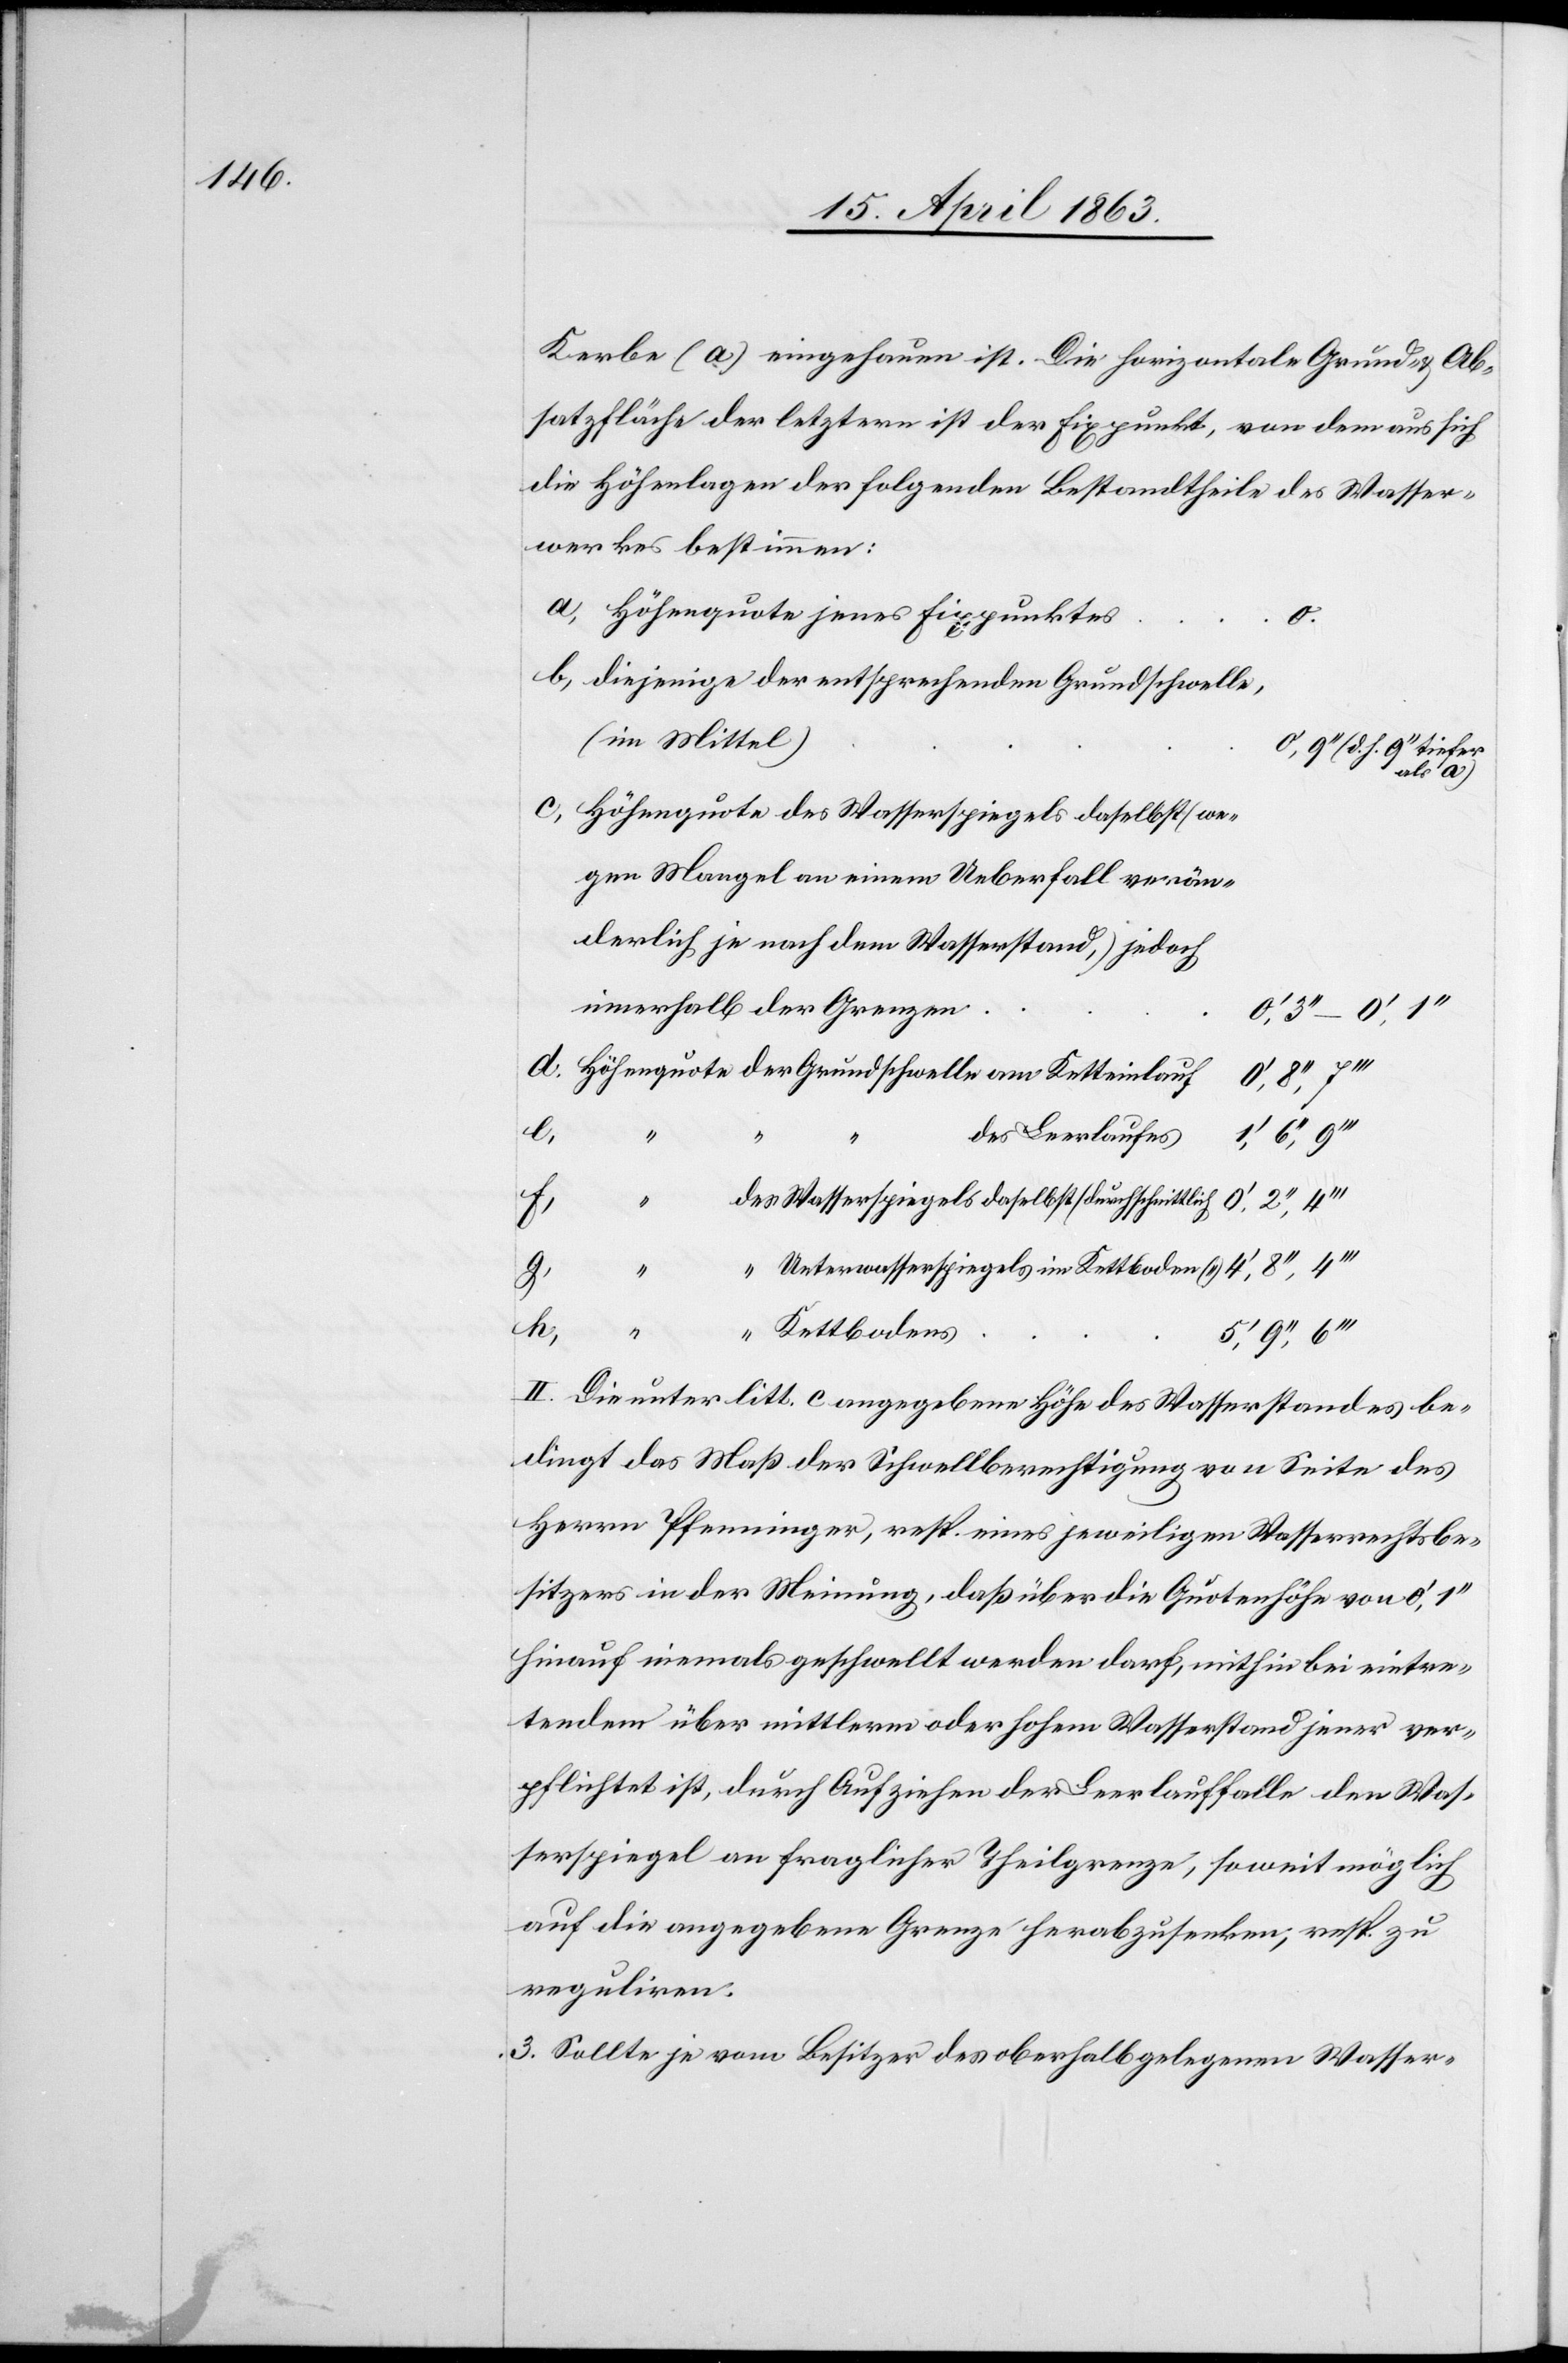
Kerbe (a) eingehauen ist. Die horizontale Grund- & Ab¬
satzfläche der letztern ist der Fixpunkt, von dem aus sich
die Höhenlagen der folgenden Bestandtheile des Wasser¬
werkes bestimmen:
Höhenquote jenes Fixpunktes
0.
diejenige der entsprechenden Grundschwelle,
(im Mittel)
als a)
Höhenquote des Wasserspiegels daselbst (we¬
gen Mangel an einem Ueberfall verän¬
derlich je nach dem Wasserstand,) jedoch
innerhalb der Grenzen
II.
des Leerlaufes
Wasserspiegels daselbst (durchschnittli¬
g)
Unterwasserspiegels im Kettboden (“)
[recte:
e)
ch[)]
Kettbodens
(d. h.
des
2.] Die unter litt. c angegebene Höhe des Wasserstandes be¬
dingt das Maß der Schwellberechtigung von Seite des
Herrn Pfenninger, resp. eines jeweiligen Wasserrechtsbe¬
sitzers in der Meinung, daß über die Quotenhöhe von 0',
hinauf niemals geschwellt werden darf, mithin bei eintre¬
tendem über mittlerm oder hohem Wasserstand jener ver¬
pflichtet ist, durch Aufziehen der Leerlauffalle den Was¬
serspiegel an fraglicher Theilgrenze, soweit möglich
auf die angegebene Grenze herabzusenken, resp. zu
reguliren.
3. Sollte je vom Besitzer des oberhalb gelegenen Wasser-